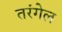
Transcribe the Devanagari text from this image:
तरंगेल